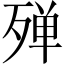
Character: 殚